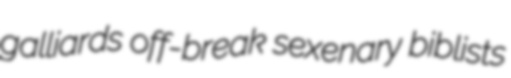
galliards off-break sexenary biblists